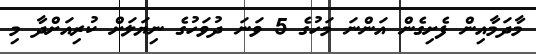
މާދަމާއިން ފެށިގެން އަންނަ މަހުގެ 5 ވަނަ ދުވަހުގެ ނިޔަލަށް ކުރިއަށްދާ މި